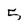
Character: 5